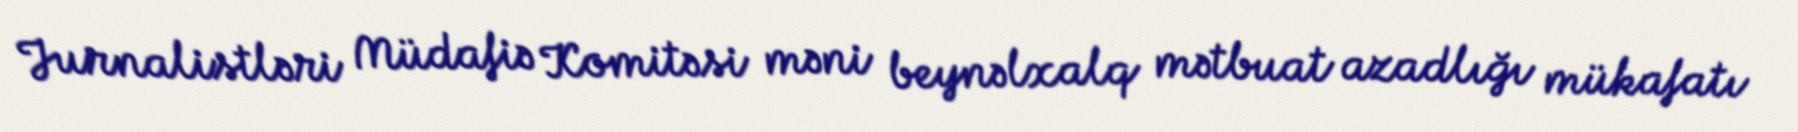
Jurnalistləri Müdafiə Komitəsi məni beynəlxalq mətbuat azadlığı mükafatı